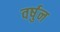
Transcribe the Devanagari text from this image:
वर्षुन